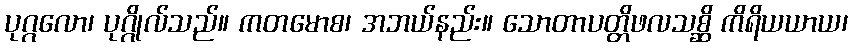
ပုဂ္ဂလော၊ ပုဂ္ဂိုလ်သည်။ ကတမောစ၊ အဘယ်နည်း။ သောတာပတ္တိဖလသစ္ဆိ ကိရိယယာယ၊